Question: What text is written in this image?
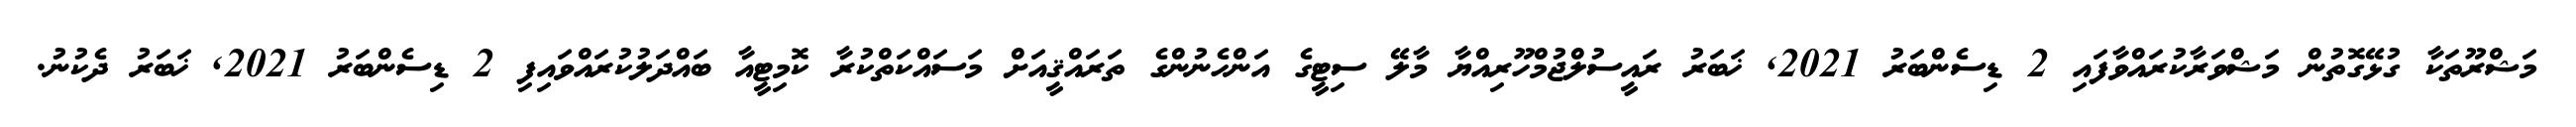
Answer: މަޝްރޫތަކާ ގުޅޭގޮތުން މަޝްވަރާކުރައްވާފައި 2 ޑިސެންބަރު 2021, ޚަބަރު ރައީސުލްޖުމްހޫރިއްޔާ މާލޭ ސިޓީގެ އަންހެނުންގެ ތަރައްޤީއަށް މަސައްކަތްކުރާ ކޮމިޓީއާ ބައްދަލުކުރައްވައިފި 2 ޑިސެންބަރު 2021, ޚަބަރު ދެކުނު.